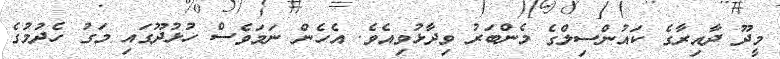
މީދޫ ދާއިރާގެ ކައުންސިލްގެ މެންބަރު ވިދާޅުވިއެވެ. އެހެން ނަމަވެސް ހުޅުދޫގައި މަގު ހެދުމުގެ